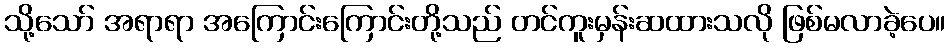
သို့သော် အရာရာ အကြောင်းကြောင်းတို့သည် တင်ကူးမှန်းဆထားသလို ဖြစ်မလာခဲ့ပေ။